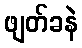
ဖျတ်ခနဲ